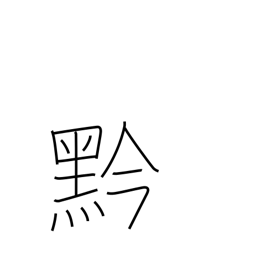
Meaning: black